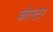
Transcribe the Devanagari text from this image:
फोल्टर